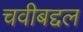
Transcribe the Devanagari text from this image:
चवीबद्दल